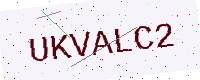
Text: UKVALC2